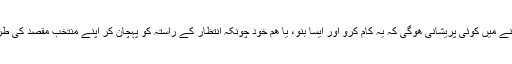
کیا پھر ھمیں اپنی ذمہ داریوں کو نبھانے میں کوئی پریشانی ھوگی کہ یہ کام کرو اور ایسا بنو، یا ھم خود چونکہ انتظار کے راستہ کو پہچان کر اپنے منتخب مقصد کی طرف قدم بڑھاتے ھوئے نظر آئیں گے؟